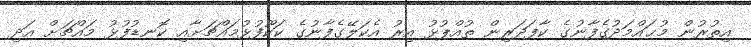
އިތުރުން މުޙައްމަދުގެފާނުގެ ކާފަދަރިން ތުއްޕުޅު އިރު އެކަލޭގެފާނުގެ ކަކޫފުޅުމައްޗަށާއި ކޮނޑުފުޅު މައްޗަށް އަދި